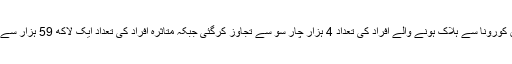
ترکی میں کورونا سے ہلاک ہونے والے افراد کی تعداد 4 ہزار چار سو سے تجاوز کرگئی جبکہ متاثرہ افراد کی تعداد ایک لاکھ 59 ہزار سے بڑھ گئی۔